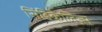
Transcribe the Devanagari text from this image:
सिंडिकैलिज़्म